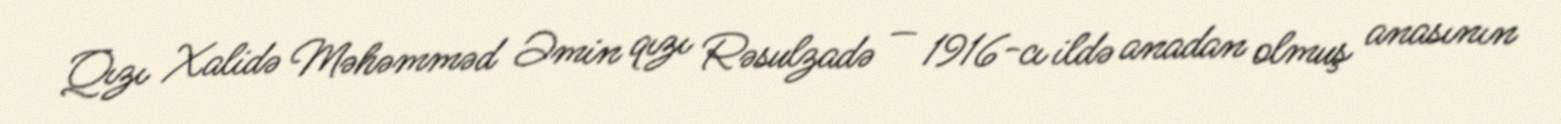
Qızı Xalidə Məhəmməd Əmin qızı Rəsulzadə — 1916-cı ildə anadan olmuş anasının